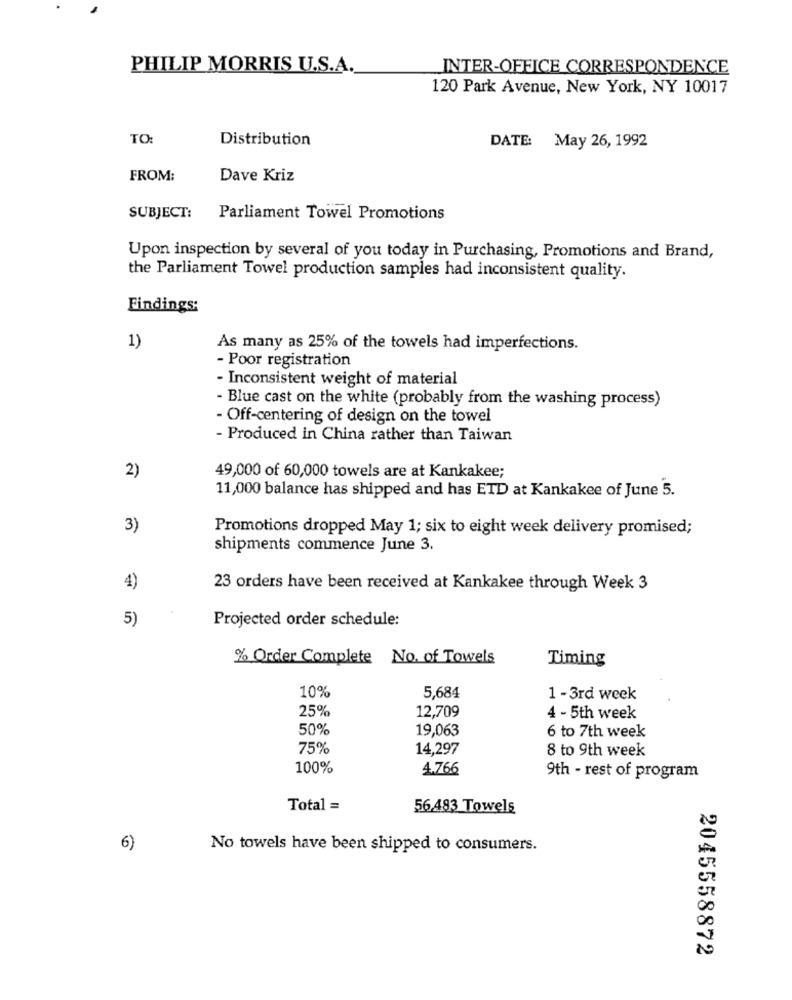
PHILIP MORRIS U.S.A.
INTER-OFFICE CORRESPONDENCE
120 Park Avenue, New York, NY 10017
TO:
Distribution
DATE: May 26, 1992
FROM:
Dave Kriz
SUBJECT: Parliament Towel Promotions
Upon inspection by several of you today in Purchasing, Promotions and Brand,
the Parliament Towel production samples had inconsistent quality.
Findings:
1)
As many as 25% of the towels had imperfections.
- Poor registration
- Inconsistent weight of material
- Blue cast on the white (probably from the washing process)
- Off-centering of design on the towel
- Produced in China rather than Taiwan
2)
49,000 of 60,000 towels are at Kankakee;
11,000 balance has shipped and has ETD at Kankakee of June 5.
3)
Promotions dropped May 1; six to eight week delivery promised;
shipments commence June 3.
4)
23 orders have been received at Kankakee through Week 3
Projected order schedule:
5)
% Order Complete No. of Towels
Timing
10%
5,684
1 -3rd week
25%
12,709
4 - 5th week
50%
19,063
6 to 7th week
75%
14,297
8 to 9th week
100%
4.766
9th - rest of program
Total =
56493 Towels
6)
No towels have been shipped to consumers.
er
Oo
2045558872